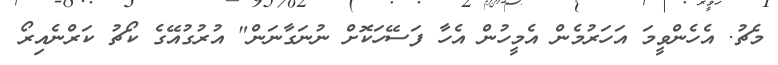
މެޗު. އެހެންވީމަ އަހަރުމެން އެމީހުން އެހާ ފަސޭހަކޮށް ނުނަގާނަން" އުރުގުއޭގެ ކޯޗު ކަރްނެއިރޯ